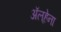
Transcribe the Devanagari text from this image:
अॅल्हेना